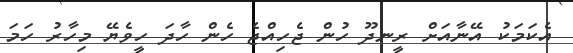
އެކަމަކު އޭނާއަށް ރީނދޫ ހުން ޖެހިއްޖެ ހެން ހާދަ ހީވެޔޭ މިހާރު ހަމަ